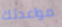
مواعدتك